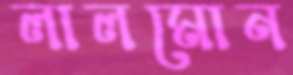
লালমোন